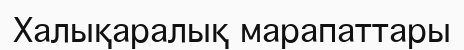
Халықаралық марапаттары